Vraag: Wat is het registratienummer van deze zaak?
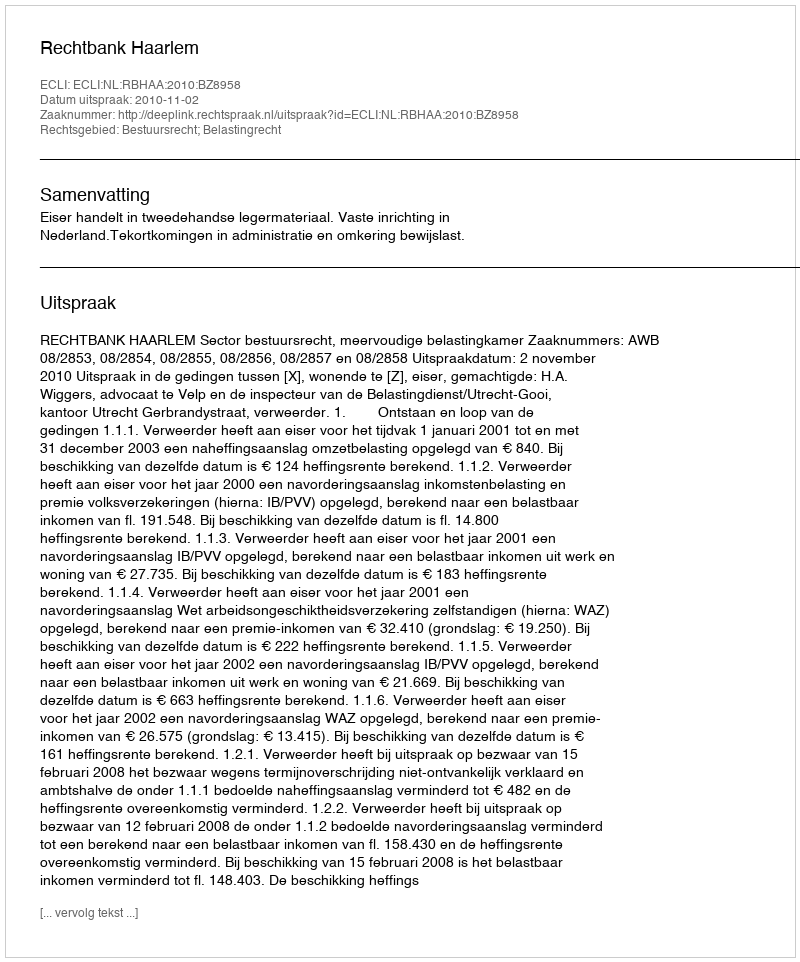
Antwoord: http://deeplink.rechtspraak.nl/uitspraak?id=ECLI:NL:RBHAA:2010:BZ8958